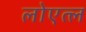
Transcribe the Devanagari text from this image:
लोएत्ल